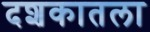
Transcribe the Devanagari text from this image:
दशकातला